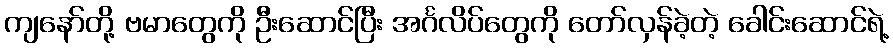
ကျနော်တို့ ဗမာတွေကို ဦးဆောင်ပြီး အင်္ဂလိပ်တွေကို တော်လှန်ခဲ့တဲ့ ခေါင်းဆောင်ရဲ့